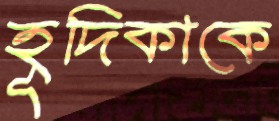
হূদিকাকে